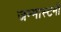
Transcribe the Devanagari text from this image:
जन्मास्टमी